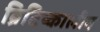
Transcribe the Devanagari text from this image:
ब्रिटिष्कालीन